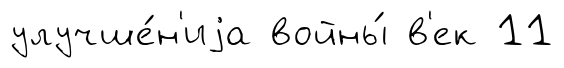
улучше́н'иjа войны́ в'ек 11